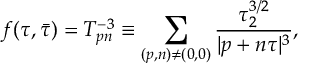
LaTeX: f ( \tau , \bar { \tau } ) = T _ { p n } ^ { - 3 } \equiv \sum _ { ( p , n ) \neq ( 0 , 0 ) } { \frac { \tau _ { 2 } ^ { 3 / 2 } } { | p + n \tau | ^ { 3 } } } ,